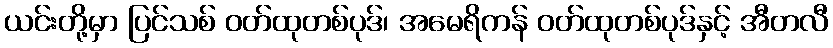
ယင်းတို့မှာ ပြင်သစ် ဝတ်ထုတစ်ပုဒ်၊ အမေရိကန် ဝတ်ထုတစ်ပုဒ်နှင့် အီတလီ